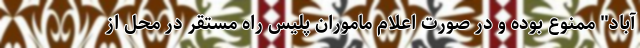
آباد" ممنوع بوده و در صورت اعلام ماموران پلیس راه مستقر در محل از